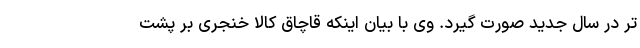
تر در سال جدید صورت گیرد. وی با بیان اینکه قاچاق کالا خنجری بر پشت